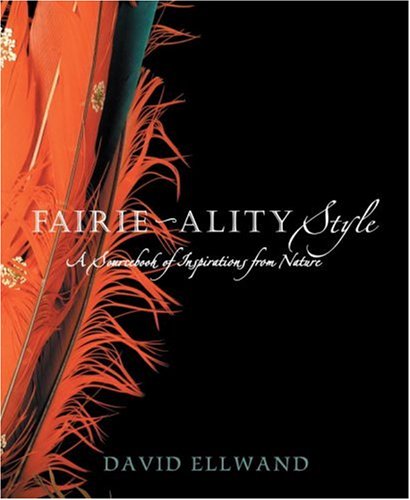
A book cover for Fairie-ality Style: A Sourcebook of Inspirations from Nature; Teen & Young Adult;